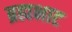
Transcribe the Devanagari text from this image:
ब्रह्मभाट